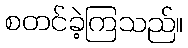
စတင်ခဲ့ကြသည်။